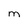
Character: M